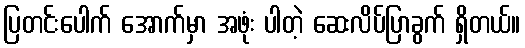
ပြတင်းပေါက် အောက်မှာ အဖုံး ပါတဲ့ ဆေးလိပ်ပြာခွက် ရှိတယ်။